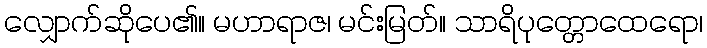
လျှောက်ဆိုပေ၏။ မဟာရာဇ၊ မင်းမြတ်။ သာရိပုတ္တောထေရော၊